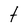
Character: t